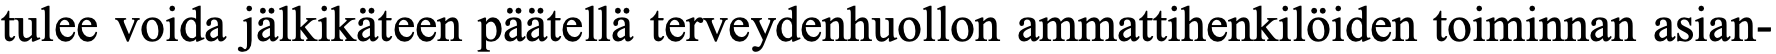
tulee voida jälkikäteen päätellä terveydenhuollon ammattihenkilöiden toiminnan asian-